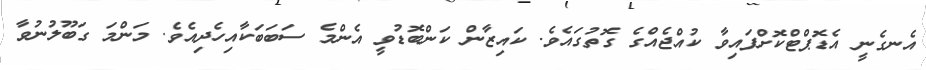
އެނގެނީ އެޑޮޕްޓްކޮށްފައިވާ ކުއްޖެއްގެ ގޮތުގައެވެ. ކައިޒާން ކަންބޮޑުވީ އެންމެ ސަބަބަކާއިހެދިއެވެ. މަންމަ ގަބޫލުނުވާ